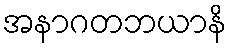
အနာဂတဘယာနိ